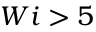
W i > 5